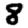
Digit: 8